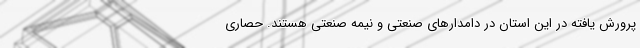
پرورش یافته در این استان در دامدارهای صنعتی و نیمه صنعتی هستند. حصاری